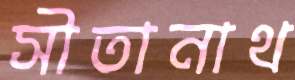
সীতানাথ